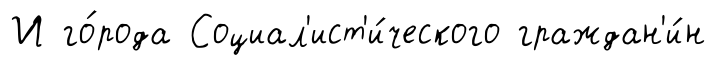
И го́рода Социал'ист'и́ческого граждан'и́н